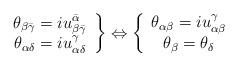
LaTeX: \begin{align*}\left. \begin{array}{c}\theta _{\beta \bar{\gamma}}=iu_{\beta \bar{\gamma}}^{\bar{\alpha}} \\ \theta _{\alpha \delta }=iu_{\alpha \delta }^{\gamma }\end{array}\right\} \Leftrightarrow \left\{ \begin{array}{c}\theta _{\alpha \beta }=iu_{\alpha \beta }^{\gamma } \\ \theta _{\beta }=\theta _{\delta }\end{array}\right.\end{align*}